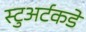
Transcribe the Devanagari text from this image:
स्टुअर्टकडे